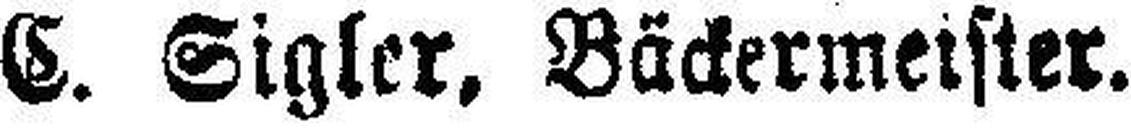
C. Sigler, Bäckermeister.